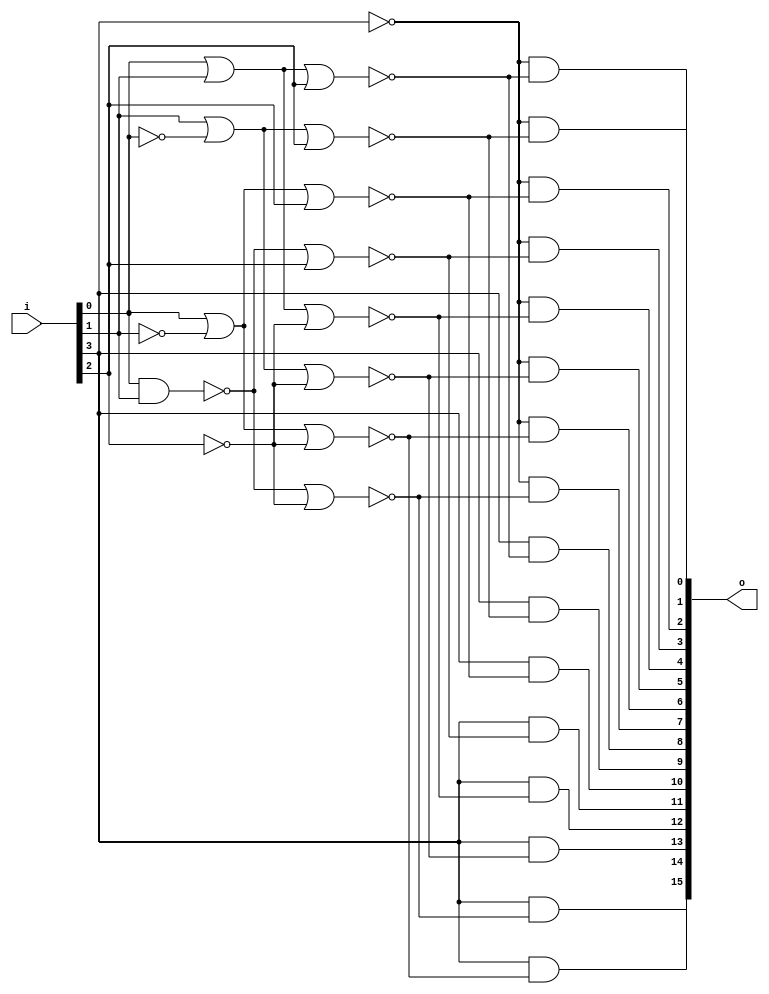
// This program was cloned from: https://github.com/chipsalliance/synlig
// License: Apache License 2.0

/* Generated by Yosys 0.27+9 (git sha1 101d19bb6, gcc 11.2.0-7ubuntu2 -fPIC -Os) */

(* top =  1  *)

module bsg_decode(i, o);
  wire _00_;
  wire _01_;
  wire _02_;
  wire _03_;
  wire _04_;
  wire _05_;
  wire _06_;
  wire _07_;
  wire _08_;
  wire _09_;
  wire _10_;
  wire _11_;
  wire _12_;
  wire _13_;
  
  input [3:0] i;
  wire [3:0] i;
  
  output [15:0] o;
  wire [15:0] o;
  assign _00_ = ~i[3];
  assign _01_ = i[0] | i[1];
  assign _02_ = _01_ | i[2];
  assign o[0] = _00_ & ~(_02_);
  assign _03_ = i[1] | ~(i[0]);
  assign _04_ = _03_ | i[2];
  assign o[1] = _00_ & ~(_04_);
  assign _05_ = i[0] | ~(i[1]);
  assign _06_ = _05_ | i[2];
  assign o[2] = _00_ & ~(_06_);
  assign _07_ = ~(i[0] & i[1]);
  assign _08_ = _07_ | i[2];
  assign o[3] = _00_ & ~(_08_);
  assign _09_ = ~i[2];
  assign _10_ = _01_ | _09_;
  assign o[4] = _00_ & ~(_10_);
  assign _11_ = _03_ | _09_;
  assign o[5] = _00_ & ~(_11_);
  assign _12_ = _05_ | _09_;
  assign o[6] = _00_ & ~(_12_);
  assign _13_ = _07_ | _09_;
  assign o[7] = _00_ & ~(_13_);
  assign o[8] = i[3] & ~(_02_);
  assign o[9] = i[3] & ~(_04_);
  assign o[10] = i[3] & ~(_06_);
  assign o[11] = i[3] & ~(_08_);
  assign o[12] = i[3] & ~(_10_);
  assign o[13] = i[3] & ~(_11_);
  assign o[14] = i[3] & ~(_12_);
  assign o[15] = i[3] & ~(_13_);
endmodule